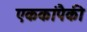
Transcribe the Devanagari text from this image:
एककांपैकी